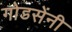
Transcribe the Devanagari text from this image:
गोडसेंनी